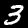
Label: 3